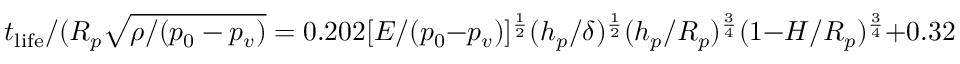
t _ { \mathrm { l i f e } } / ( R _ { p } \sqrt { \rho / ( p _ { 0 } - p _ { v } ) } = 0 . 2 0 2 [ E / ( p _ { 0 } - p _ { v } ) ] ^ { \frac { 1 } { 2 } } ( h _ { p } / \delta ) ^ { \frac { 1 } { 2 } } ( h _ { p } / R _ { p } ) ^ { \frac { 3 } { 4 } } ( 1 - H / R _ { p } ) ^ { \frac { 3 } { 4 } } + 0 . 3 2 8